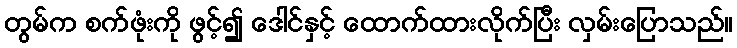
တွမ်က စက်ဖုံးကို ဖွင့်၍ ဒေါင်နှင့် ထောက်ထားလိုက်ပြီး လှမ်းပြောသည်။